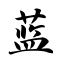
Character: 蓝